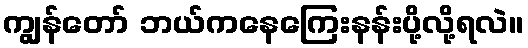
ကျွန်တော် ဘယ်ကနေကြေးနန်းပို့လို့ရလဲ။